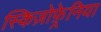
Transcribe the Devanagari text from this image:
स्किज़ोफ़्रेनिया